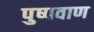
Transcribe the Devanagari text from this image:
पुष्पवाण